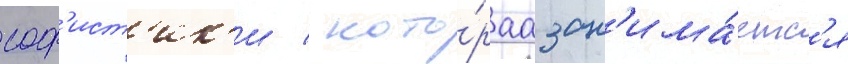
соф'ист'ик'и / кото́раа зан'има́етс'я